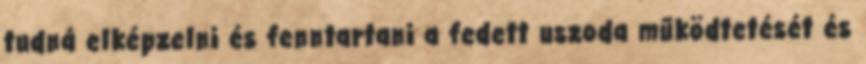
tudná elképzelni és fenntartani a fedett uszoda működtetését és